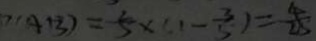
( A B ) = - 5 \times ( 1 - \frac { 3 } { 5 } ) = \frac { 4 } { 2 5 }